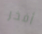
أفخر